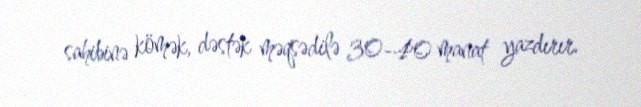
sahibinə kömək, dəstək məqsədilə 30-40 manat yazdırır.